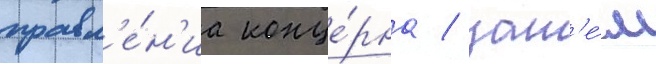
правл'е́н'иа конце́рна / зат'е́м